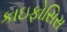
કાઇફોસિસ